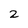
Character: 2